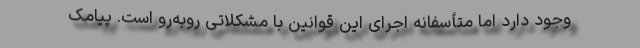
وجود دارد اما متأسفانه اجرای این قوانین با مشکلاتی روبه‌رو است. پیامک